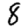
Digit: 8